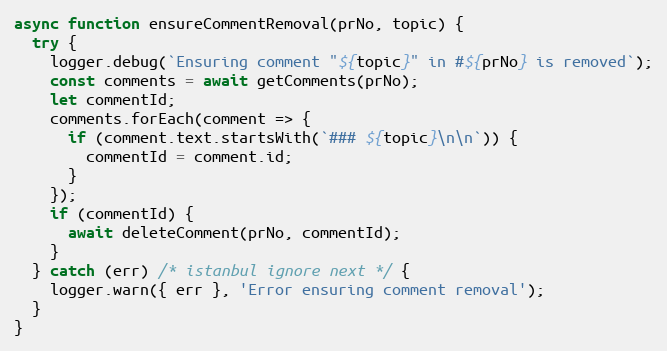
Language: JavaScript
async function ensureCommentRemoval(prNo, topic) {
  try {
    logger.debug(`Ensuring comment "${topic}" in #${prNo} is removed`);
    const comments = await getComments(prNo);
    let commentId;
    comments.forEach(comment => {
      if (comment.text.startsWith(`### ${topic}\n\n`)) {
        commentId = comment.id;
      }
    });
    if (commentId) {
      await deleteComment(prNo, commentId);
    }
  } catch (err) /* istanbul ignore next */ {
    logger.warn({ err }, 'Error ensuring comment removal');
  }
}